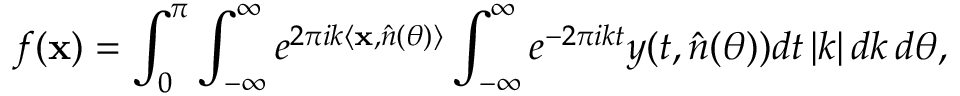
f ( \mathbf { x } ) = \int _ { 0 } ^ { \pi } \int _ { - \infty } ^ { \infty } e ^ { 2 \pi i k \langle \mathbf { x } , { \hat { n } ( \theta ) } \rangle } \int _ { - \infty } ^ { \infty } e ^ { - 2 \pi i k t } y ( t , \hat { n } ( \theta ) ) d t \, | k | \, d k \, d \theta ,